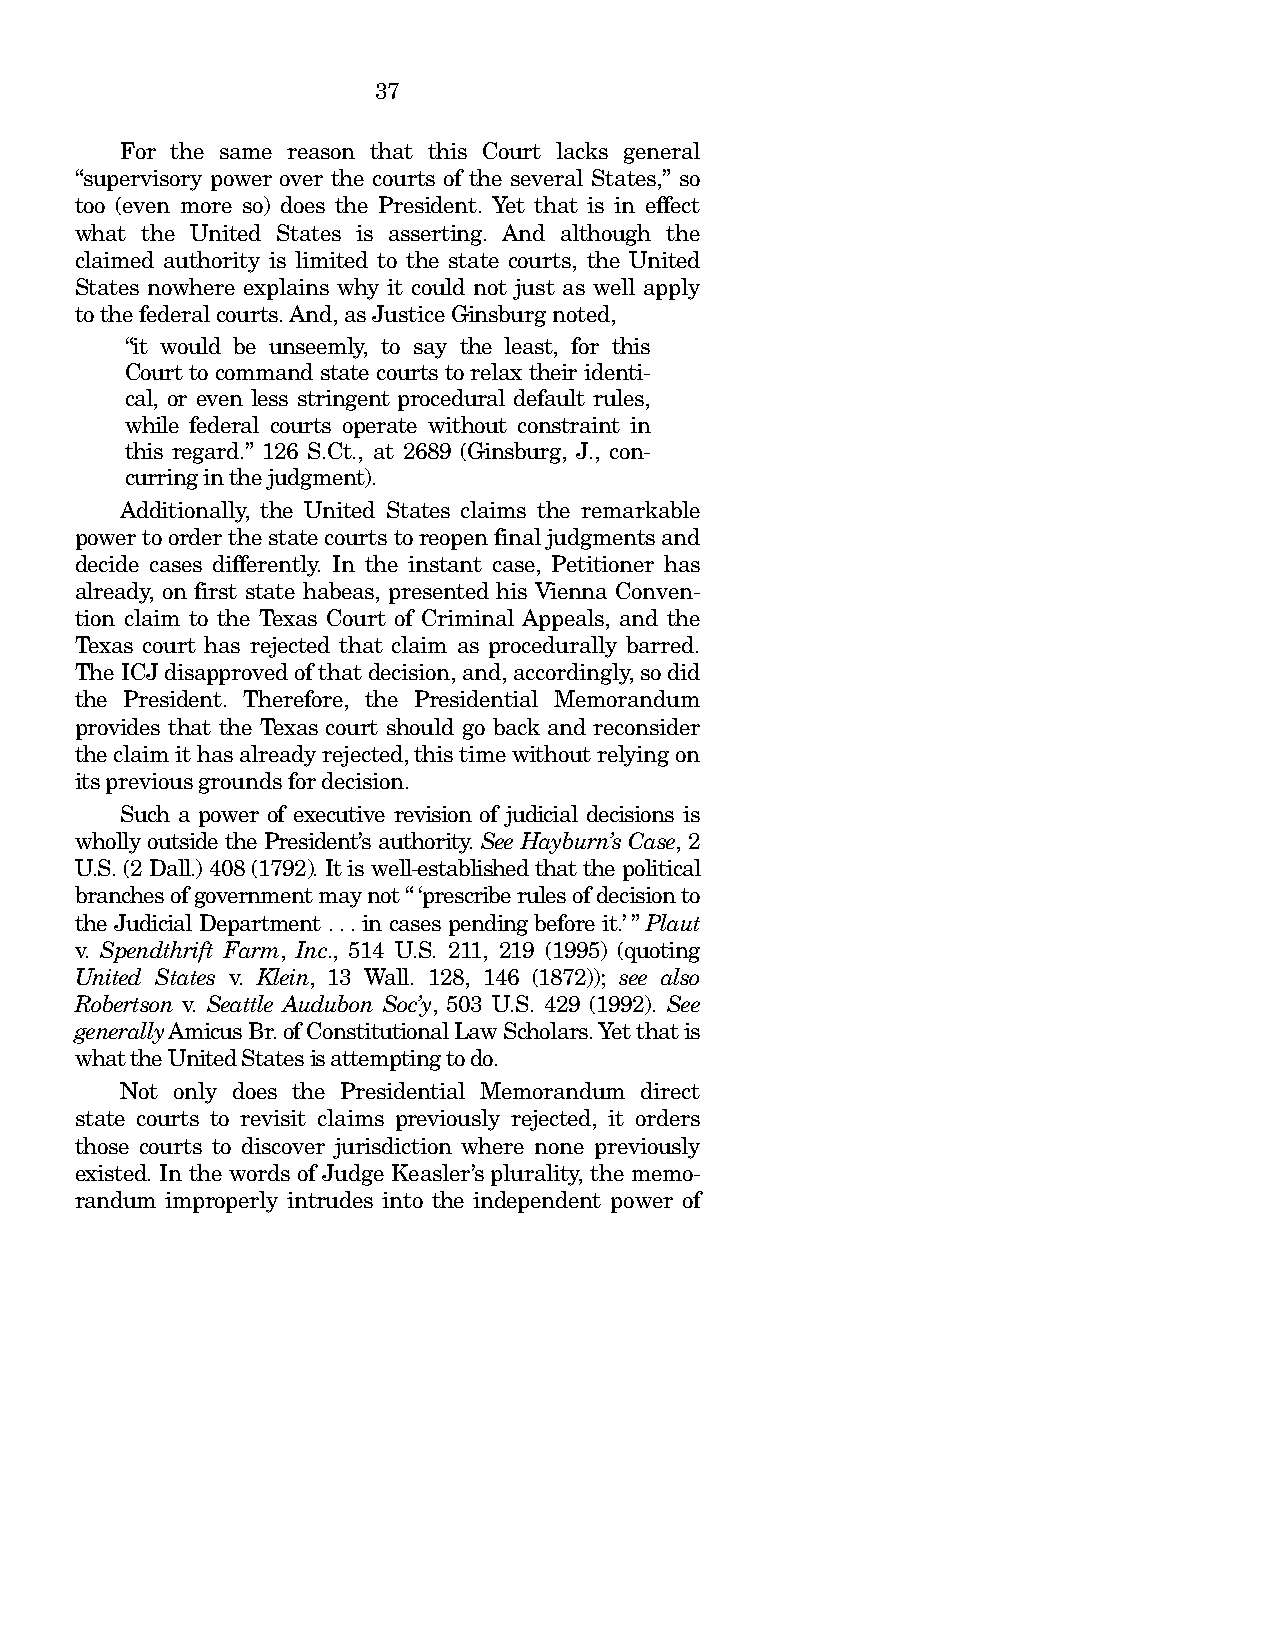
37
 For the same reason that this Court lacks general
 “supervisory power over the courts of the several States,” so
 too (even more so) does the President. Yet that is in effect
 what the United States is asserting. And although the
 claimed authority is limited to the state courts, the United
 States nowhere explains why it could not just as well apply
 to the federal courts. And, as Justice Ginsburg noted,
 “it would be unseemly, to say the least, for this
 Court to command state courts to relax their identi-
 cal, or even less stringent procedural default rules,
 while federal courts operate without constraint in
 this regard.” 126 S.Ct., at 2689 (Ginsburg, J., con-
 curring in the judgment).
 Additionally, the United States claims the remarkable
 power to order the state courts to reopen final judgments and
 decide cases differently. In the instant case, Petitioner has
 already, on first state habeas, presented his Vienna Conven-
 tion claim to the Texas Court of Criminal Appeals, and the
 Texas court has rejected that claim as procedurally barred.
 The ICJ disapproved of that decision, and, accordingly, so did
 the President. Therefore, the Presidential Memorandum
 provides that the Texas court should go back and reconsider
 the claim it has already rejected, this time without relying on
 its previous grounds for decision.
 Such a power of executive revision of judicial decisions is
 wholly outside the President’s authority. See Hayburn’s Case, 2
 U.S. (2 Dall.) 408 (1792). It is well-established that the political
 branches of government may not “‘prescribe rules of decision to
 the Judicial Department . . . in cases pending before it.’” Plaut
 v. Spendthrift Farm, Inc., 514 U.S. 211, 219 (1995) (quoting
 United States v. Klein, 13 Wall. 128, 146 (1872)); see also
 Robertson v. Seattle Audubon Soc’y, 503 U.S. 429 (1992). See
 generally Amicus Br. of Constitutional Law Scholars. Yet that is
 what the United States is attempting to do.
 Not only does the Presidential Memorandum direct
 state courts to revisit claims previously rejected, it orders
 those courts to discover jurisdiction where none previously
 existed. In the words of Judge Keasler’s plurality, the memo-
 randum improperly intrudes into the independent power of